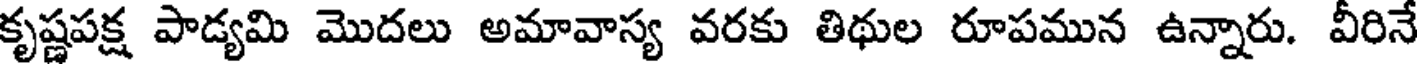
కృష్ణపక్ష పాడ్యమి మొదలు అమావాస్య వరకు తిథుల రూపమున ఉన్నారు. వీరినే